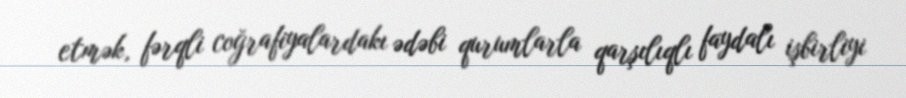
etmək, fərqli coğrafiyalardakı ədəbi qurumlarla qarşılıqlı faydalı işbirliyi